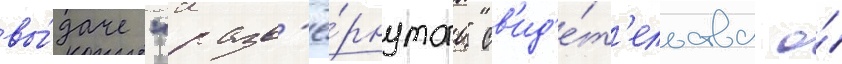
вы́даче "разв'ё́рнутого" св'ид'е́т'ельства о́